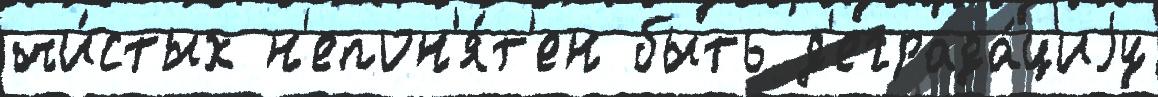
чи́стых н'епон'я́т'ен быть д'еграда́циjу